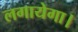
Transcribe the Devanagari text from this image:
लगायेगा।